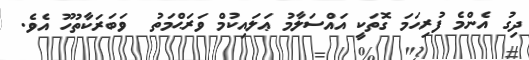
ދިގު އެންމެ ފުރިހަމަ ގޮތަކީ އައްސަލާމު ޢަލައިކުމް ވަރަޙްމަތު  ވަބަރަކާތުހޫ އެވެ.